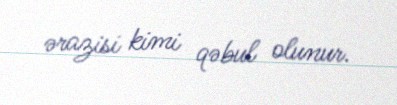
ərazisi kimi qəbul olunur.